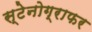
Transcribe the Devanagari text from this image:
स्टेनोग्राफर